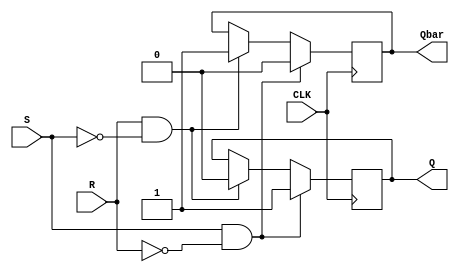
module Gated_SR_FF (
    input S, // Input for Set
    input R, // Input for Reset
    input CLK, // Clock
    output reg Q, // Output
    output reg Qbar // Complementary output
);

always @(posedge CLK) begin
    if (S && !R) begin
        Q <= 1; // Sets output Q to high
        Qbar <= 0; // Resets output Qbar to low
    end else if (R && !S) begin
        Q <= 0; // Resets output Q to low
        Qbar <= 1; // Sets output Qbar to high
    end else begin
        Q <= Q; // No change in output Q
        Qbar <= Qbar; // No change in output Qbar
    end
end

endmodule